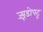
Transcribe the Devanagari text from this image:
ज्य़ूडोपटू